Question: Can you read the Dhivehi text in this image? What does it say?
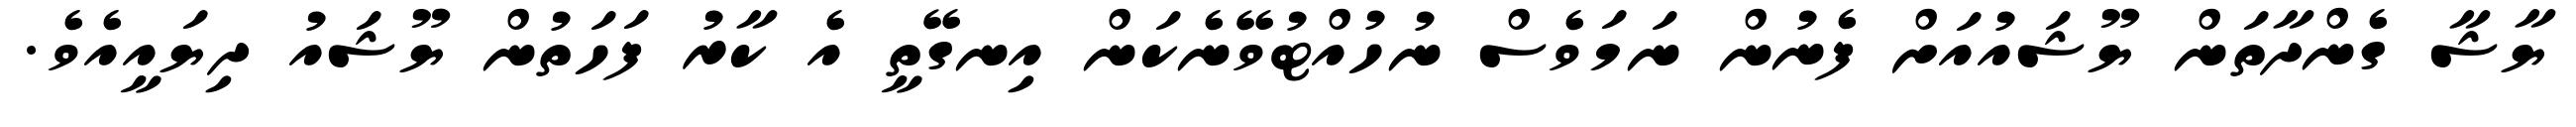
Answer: ޔާޝާ ގެންދާތަން ޔޫޝައުއަށް ފެނުން ނަމަވެސް ނުހުއްޓުވޭނެކަން އިނގޭތީ އެ ކާރު ފަހަތުން ޔޫޝައު ދިޔައީއެވެ.